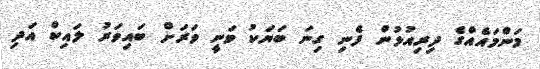
މަންމައެއްގެ ދިރިއުޅުން ފެނި ގިނަ ބަޔަކު ވަނީ ވަރަށް ބައިވަރު ލައިކް އަދި